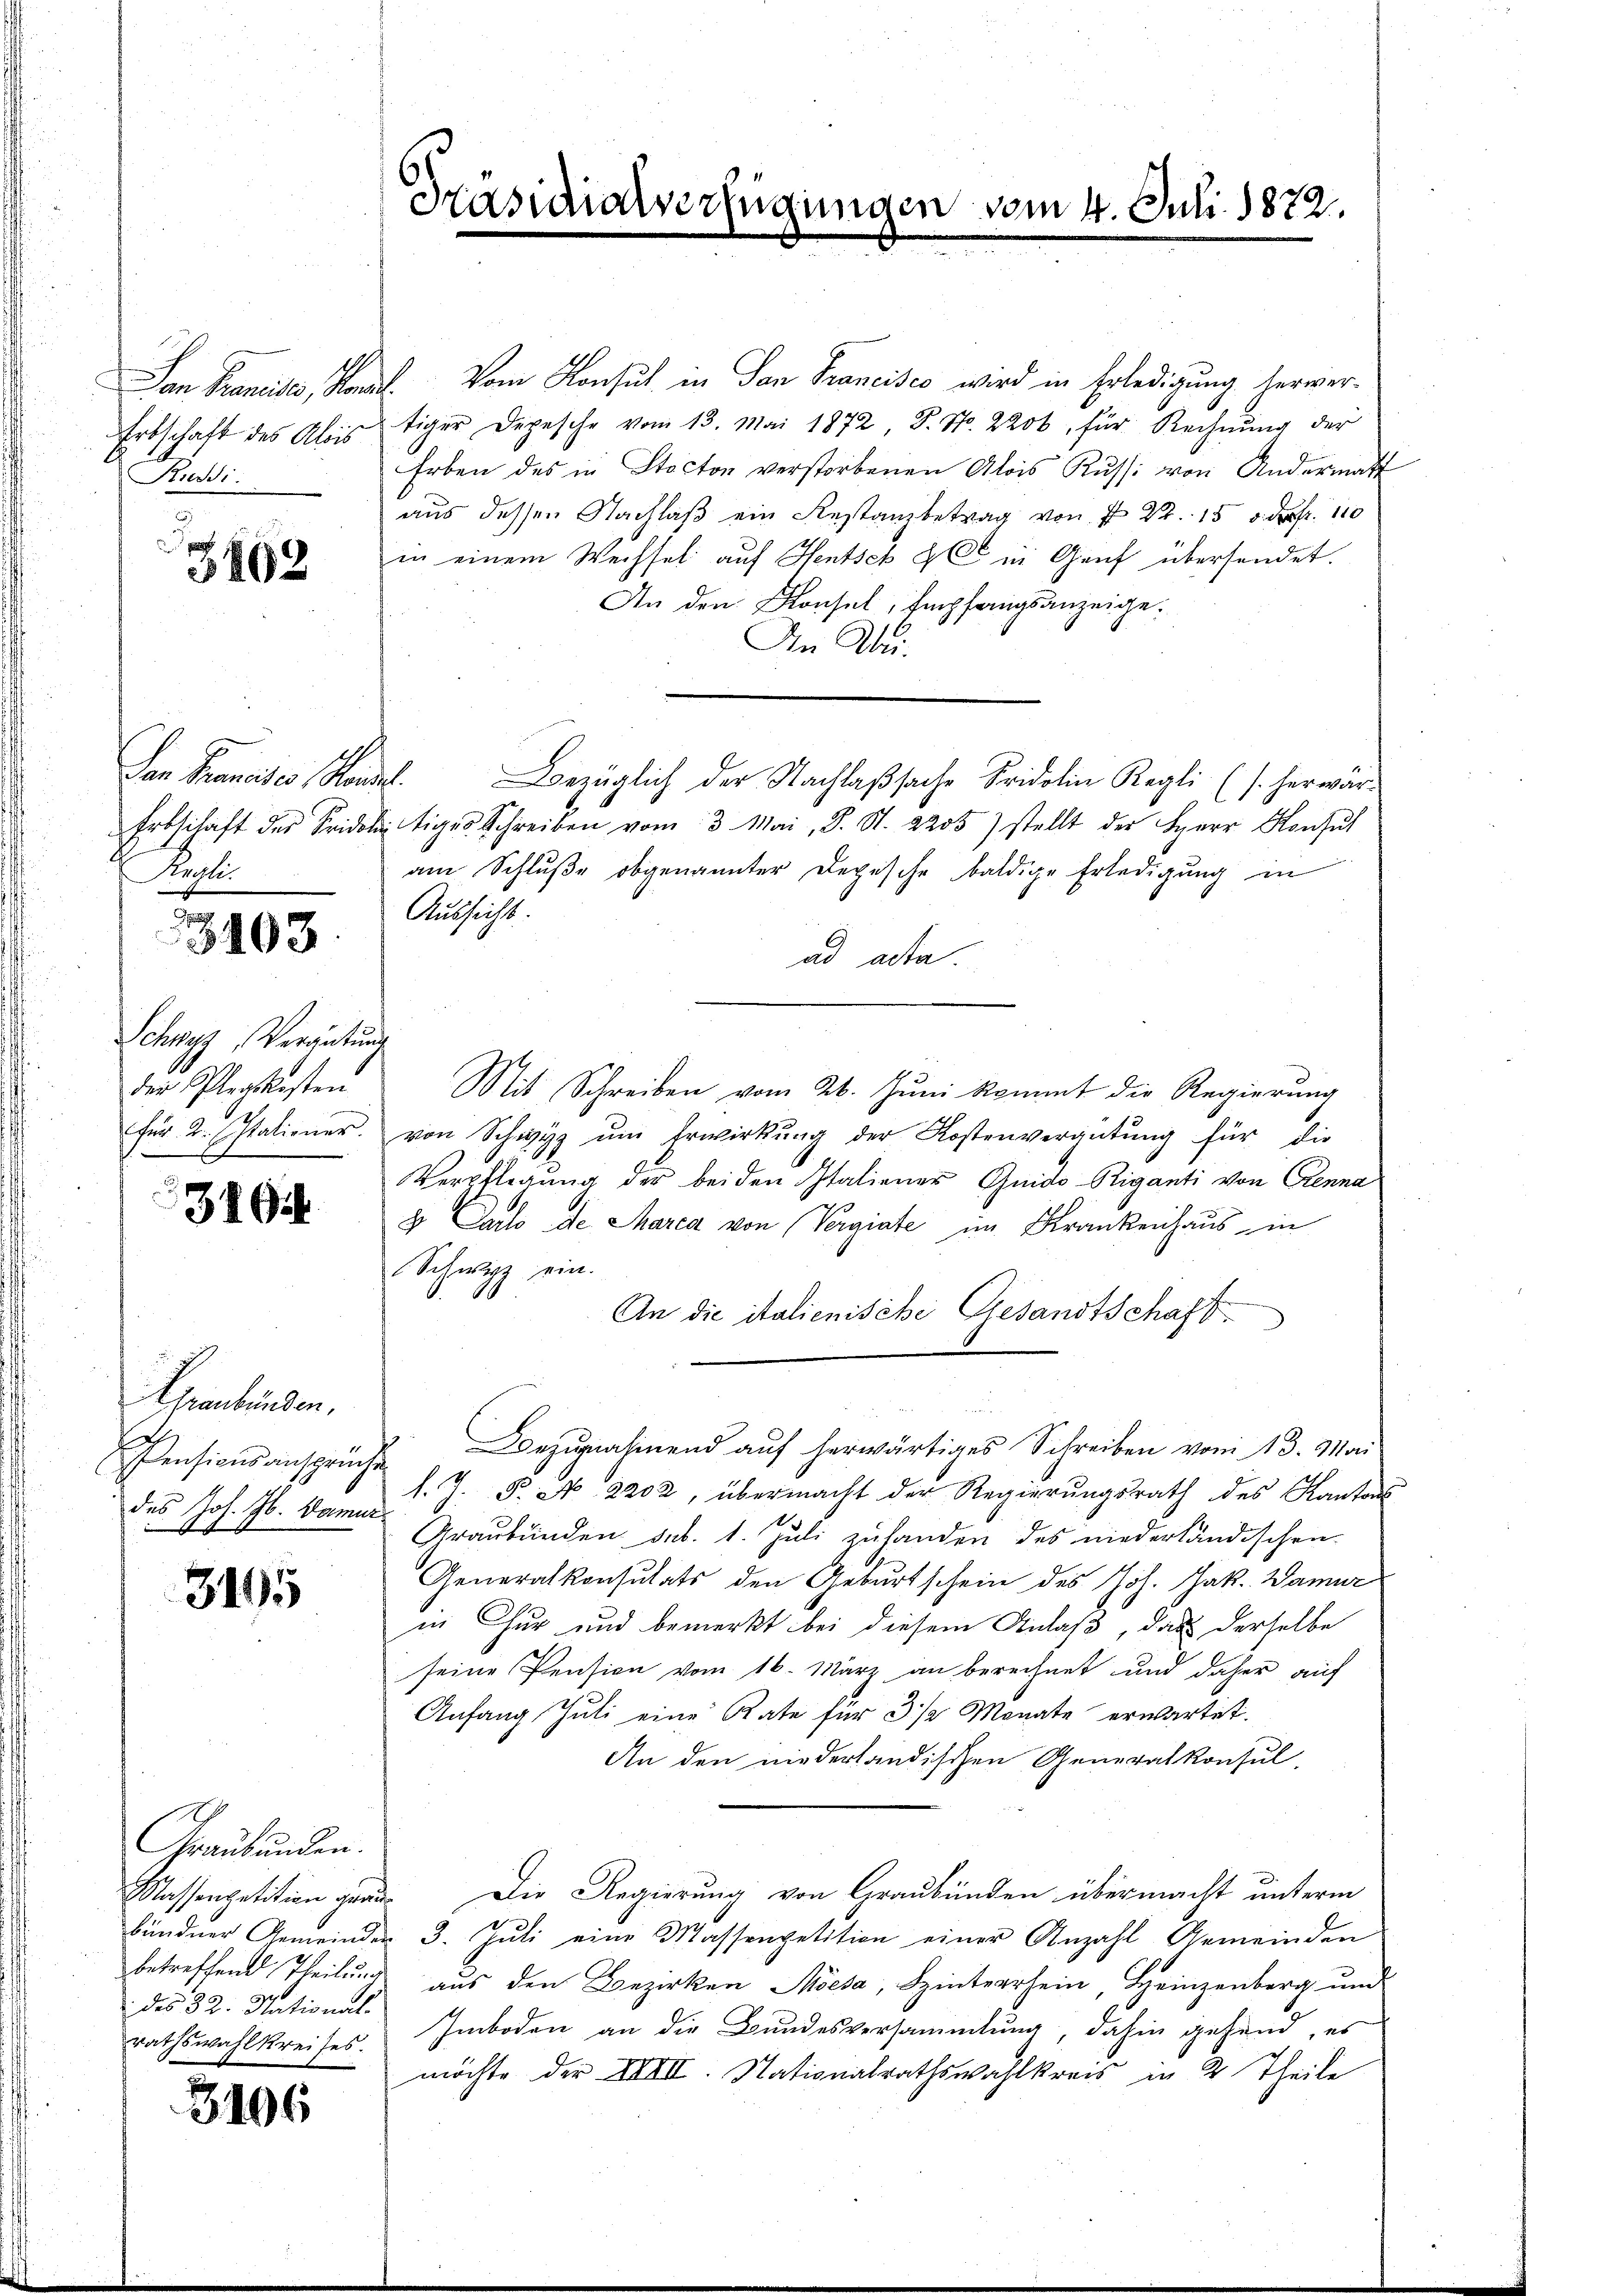
Erbschaft des Alois
Pressi.

3463

Nachte.

3103

Schwyz, Vergütung
der Pflegskosten
für 2. statiener.

3462

Graubünden.
des Jos. Jb. Damur
.

3195

Graubünden.
des 32. National-
rathswahlkreises.

3106

San Francisco, Kanal. Vom Konsul in San Francisco wird in Erledigung hervortiger Depesche vom 13. Mai 1872 S. S. 2200, für Rechnŭng der
Erben des in Stecton verstorbenen Alois Kuss. von Andermatt
aus dessen Nachlaß ein Restanzbetrag von 7 22. 15 d. d. 110
in einem Wechsel auf Hentsch & C in Genf übersendet.
An den Konsel, Empfangsanzeige.
An Ab¬
Dan Francisco Konst. Bezüglich der Nachlaßsache Fridolin Regli (s. herwär¬
Erbschaft der Selige Schreiben vom 3. Mai, S. S. 2205) stellt der Herr Konsul
am Schlŭβe obgenannter Depesche baldige Erledigung in
Aussicht.
ad acta.
Mit Schreiben vom 24. Juni kommt die Regierung
von Schwyz um Erwirkung der Kostenverantung für die
Verpflegŭng der beiden Italiener Guido-Riganti von Cenna
8. Carlo de Marca von Vergiate im Krankenhaus in
Schwyz ein.
An die italienische Gesandtschaft
Pensionsansprüche Bezŭgnahmend aŭf herwärtiges Schreiben vom 13. Mai
l. J. P. N. 2202, übermacht der Regierungsrath des Kantons
Graubünden sub. 1. Juli zuhanden des niederländischen
Generalkonsulats den Geburtschein des Joh. Jak. Wamur
in Chur und bemerkt bei diesem Anlaß, das derselbe
seine Pension vom 16. März an berechnet und daher auf
Anfang Juli eine Rate für 3 1/2 Monate erwartet.
An den niederländischen Generalkonsul,
Massenpetition grau. Die Regierung von Graubünden übermacht unterm
bündner Gemeinder 3. Jŭli eine Massenpetition einer Anzahl Gemeinden
betreffend Theilung aus den Bezirken Möesa, Hinterrhein, Heinzenberg und
Imboden an die Bundesversammlung, dahin gehend, es
möchte der XXVII. Nationalrathswahlkreis in 2 Theile

Präsidialverfügungen

vom 4. Juli 1872.